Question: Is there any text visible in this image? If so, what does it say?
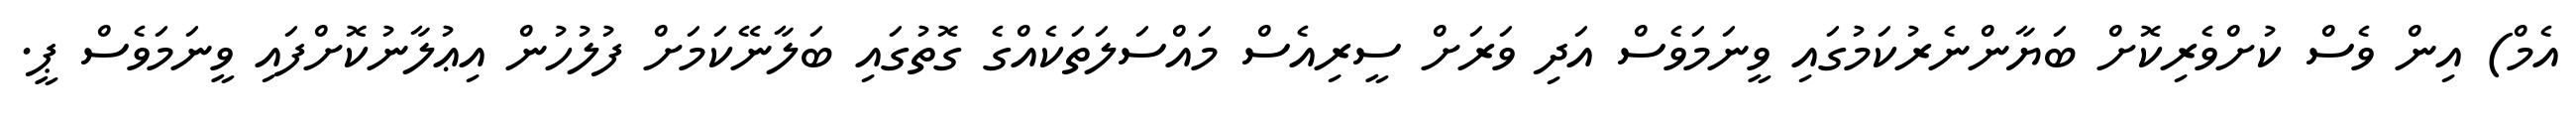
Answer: އެމް) އިން ވެސް ކުށްވެރިކޮށް ބަޔާންނެރުކަމުގައި ވީނަމަވެސް އަދި ވަރަށް ސީރިއެސް މައްސަލަތަކެއްގެ ގޮތުގައި ބަލާނޭކަމަށް ފުލުހުން އިޢުލާނުކޮށްފައި ވީނަމަވެސް ޕީ.